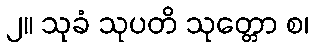
၂။ သုခံ သုပတိ သုတ္တော စ၊